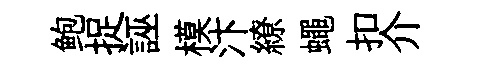
鲍捉誣模汴繚蠅扣介